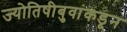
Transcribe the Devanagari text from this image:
ज्योतिषीबुवांकडून